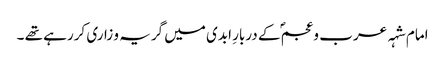
امام شہہ عرب و عجمؐ کے دربارِ ابدی میں گریہ و زاری کررہے تھے ۔